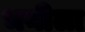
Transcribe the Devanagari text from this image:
भनीला